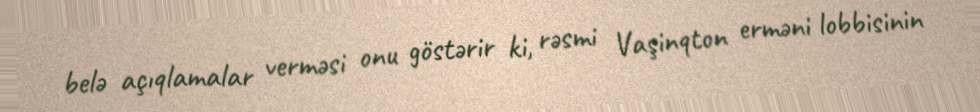
belə açıqlamalar verməsi onu göstərir ki, rəsmi Vaşinqton erməni lobbisinin